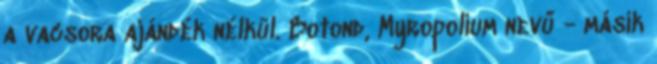
a vacsora ajándék nélkül. Botond, Myropolium nevű - másik